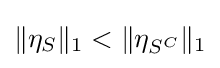
\|\eta _{S}\|_{1}<\|\eta _{S^{C}}\|_{1}